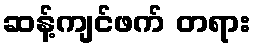
ဆန့်ကျင်ဖက် တရား